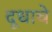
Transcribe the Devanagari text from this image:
दूधाचे